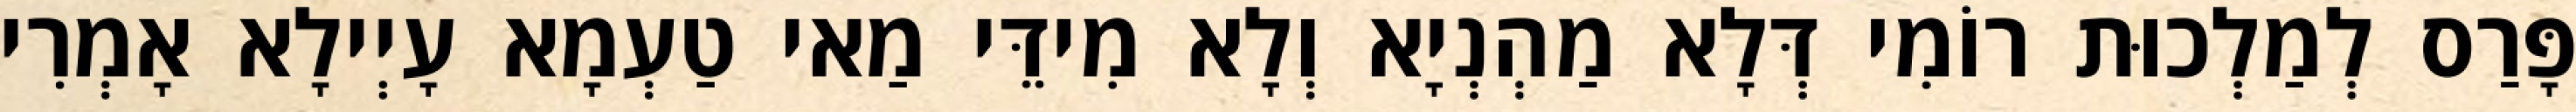
פָּרַס לְמַלְכוּת רוֹמִי דְּלָא מַהְנְיָא וְלָא מִידֵּי מַאי טַעְמָא עָיְילָא אָמְרִי